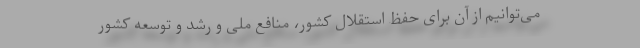
می‌توانیم از آن برای حفظ استقلال کشور، منافع ملی و رشد و توسعه کشور